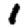
Digit: 1